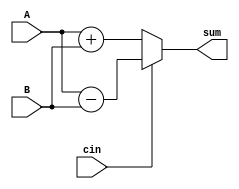

//  addtion and subtraction module..

module add_sub(A, B, cin, sum);
    input [52:0] A, B;
    input cin;
    output reg [53:0] sum;

    always @(A, B, cin) begin
        if(!cin)
            sum = A + B;
        else
            sum = A - B;
    end

endmodule